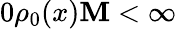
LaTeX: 0\le\rho_{0}(x)\le M<\infty